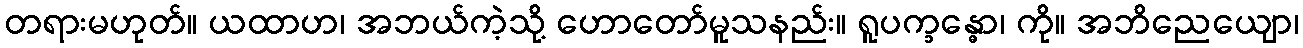
တရားမဟုတ်။ ယထာဟ၊ အဘယ်ကဲ့သို့ ဟောတော်မူသနည်း။ ရူပက္ခန္ဓော၊ ကို။ အဘိညေယျော၊